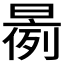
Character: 𱢝